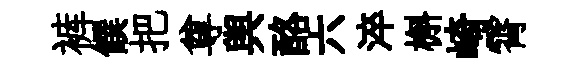
裤饌把尊舆酪六淬槲崎霄